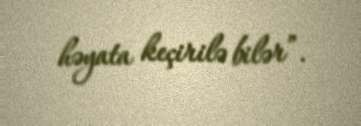
həyata keçirilə bilər”.